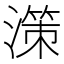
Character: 𣽤